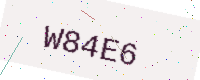
Text: W84E6